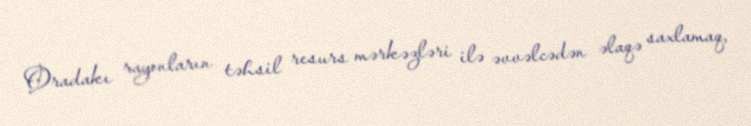
Oradakı rayonların təhsil resurs mərkəzləri ilə əvvəlcədən əlaqə saxlamaq,